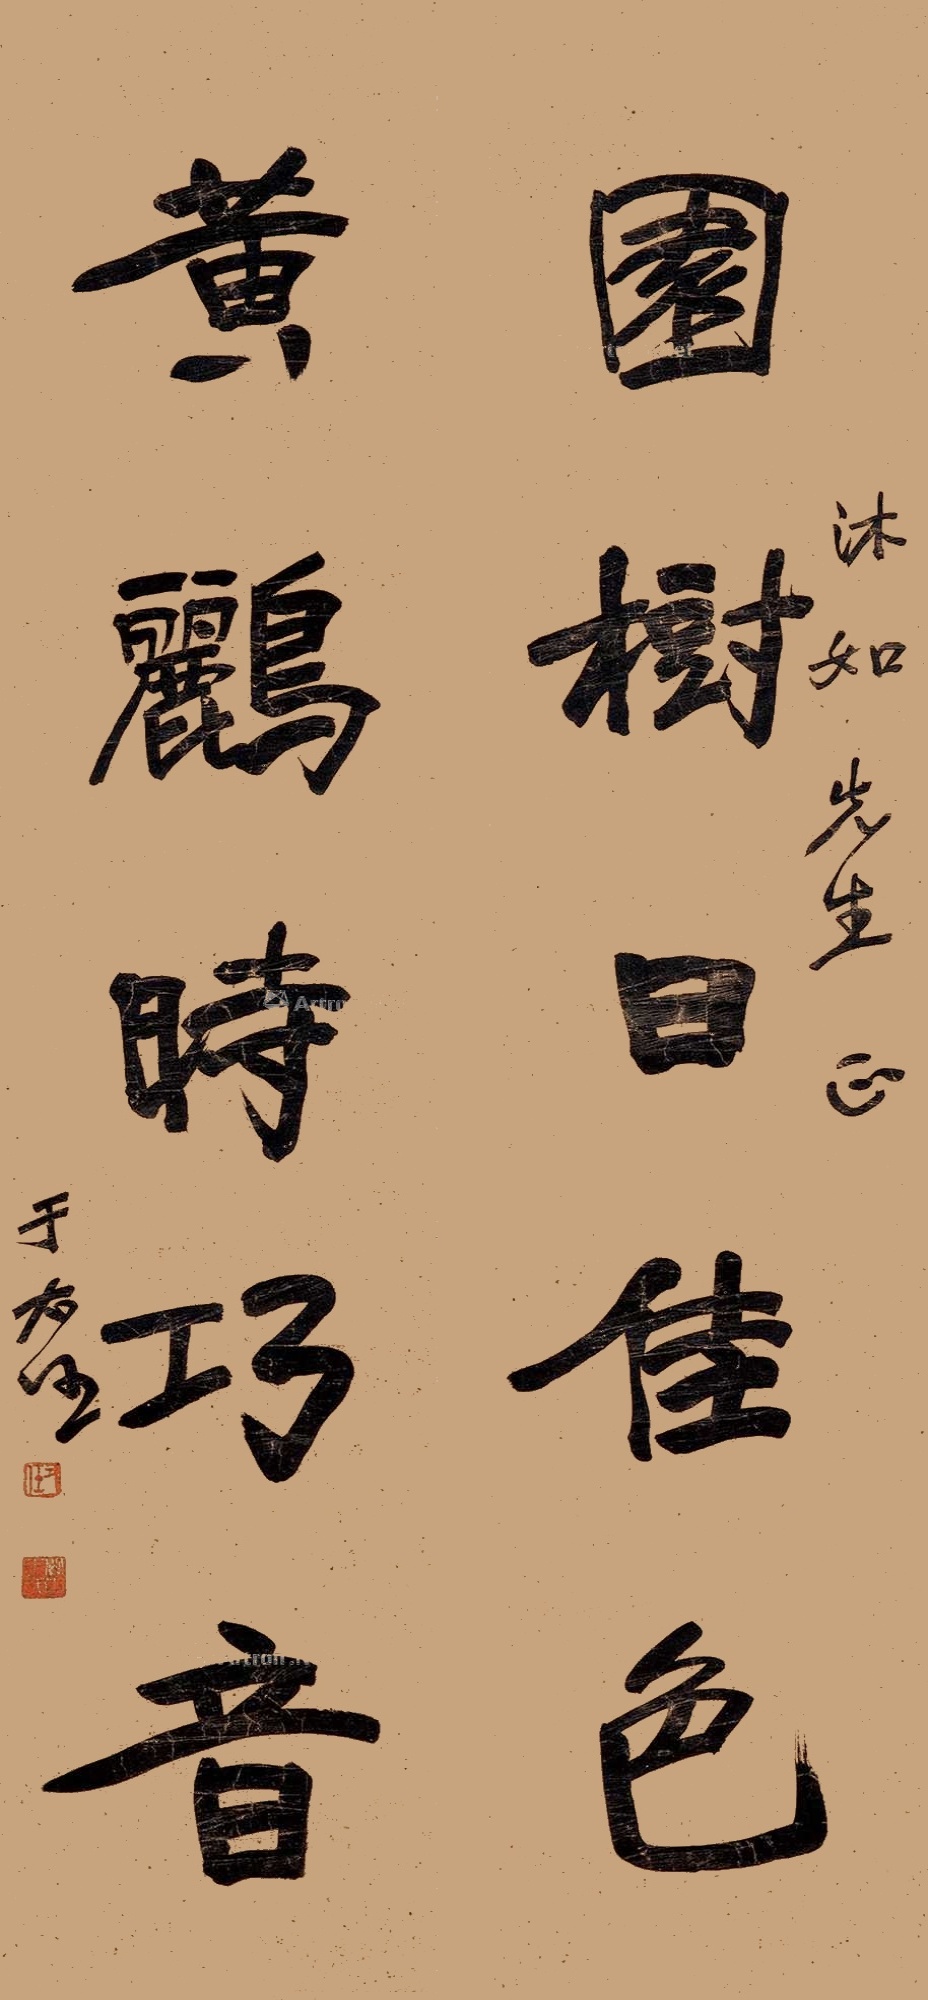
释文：园树日佳色，黄鹂时巧音。沐如先生正，于右任。